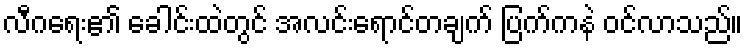
လီဂရေး၏ ခေါင်းထဲတွင် အလင်းရောင်တချက် ပြက်ကနဲ ဝင်လာသည်။